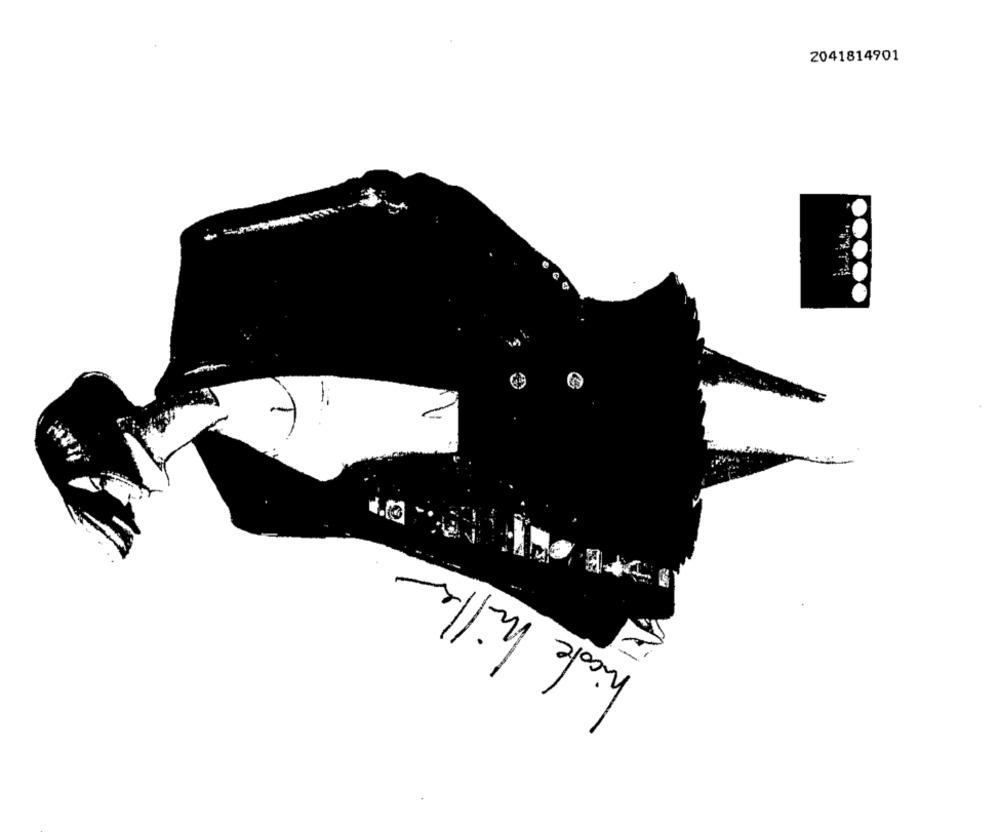
2041814901
1.00
hicole hiller